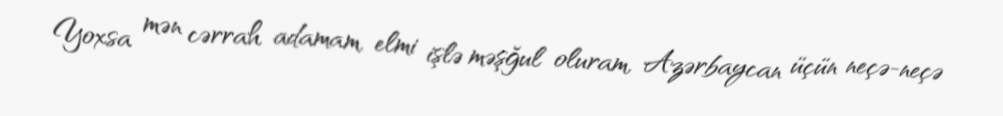
Yoxsa mən cərrah adamam, elmi işlə məşğul oluram, Azərbaycan üçün neçə-neçə